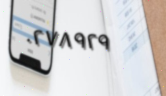
٠٢٧٨٩٢٩